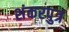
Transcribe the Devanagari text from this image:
शंकरपुत्र